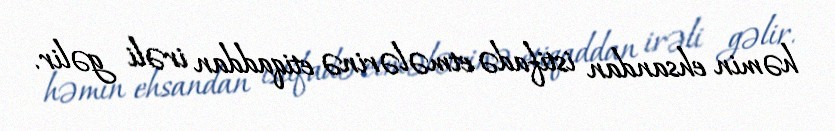
həmin ehsandan istifadə etmələrinə etiqaddan irəli gəlir.